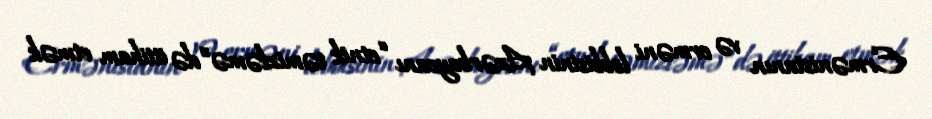
Ermənistanın və erməni lobbisinin Azərbaycanı “etnik təmizləmə”də ittiham etmək